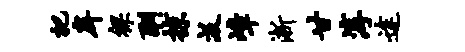
把戽裸酬掠汲嶂淅甘淳途